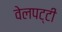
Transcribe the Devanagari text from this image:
वेलपट्टी